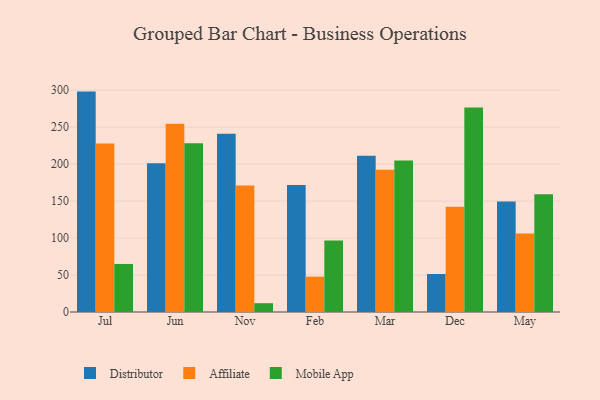
{"axis": {"x": "Month", "y": "Latency (ms)"}, "legend": ["Affiliate", "Distributor", "Mobile App"], "data": [{"x": "Jul", "y": 298.1, "type": "Distributor"}, {"x": "Jul", "y": 227.9, "type": "Affiliate"}, {"x": "Jul", "y": 65.0, "type": "Mobile App"}, {"x": "Jun", "y": 201.1, "type": "Distributor"}, {"x": "Jun", "y": 254.5, "type": "Affiliate"}, {"x": "Jun", "y": 228.2, "type": "Mobile App"}, {"x": "Nov", "y": 241.1, "type": "Distributor"}, {"x": "Nov", "y": 171.2, "type": "Affiliate"}, {"x": "Nov", "y": 11.9, "type": "Mobile App"}, {"x": "Feb", "y": 171.7, "type": "Distributor"}, {"x": "Feb", "y": 47.8, "type": "Affiliate"}, {"x": "Feb", "y": 96.6, "type": "Mobile App"}, {"x": "Mar", "y": 211.2, "type": "Distributor"}, {"x": "Mar", "y": 192.3, "type": "Affiliate"}, {"x": "Mar", "y": 204.8, "type": "Mobile App"}, {"x": "Dec", "y": 51.4, "type": "Distributor"}, {"x": "Dec", "y": 142.5, "type": "Affiliate"}, {"x": "Dec", "y": 276.7, "type": "Mobile App"}, {"x": "May", "y": 149.6, "type": "Distributor"}, {"x": "May", "y": 106.2, "type": "Affiliate"}, {"x": "May", "y": 159.2, "type": "Mobile App"}]}